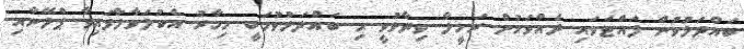
ބައްދަލުވުން ފައްޓަވައި ދެއްވަމުން ރަމީލާ ވިދާޅުވީ މި ބައްދަލުވުމަކީ މިހާރު އެކުލަވާލާފައިވާ ޕްލޭނާއި